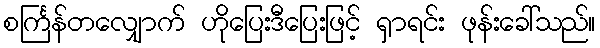
စင်္ကြန်တလျှောက် ဟိုပြေးဒီပြေးဖြင့် ရှာရင်း ဖုန်းခေါ်သည်။